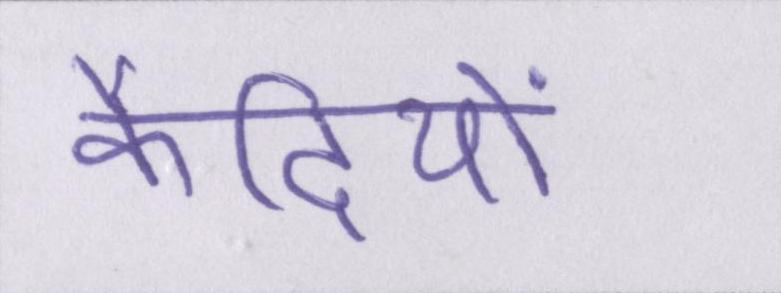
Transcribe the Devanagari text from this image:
कैदियों